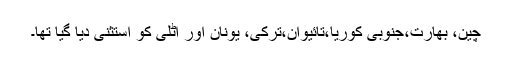
چین، بھارت،جنوبی کوریا،تائیوان،ترکی، یونان اور اٹلی کو استثنیٰ دیا گیا تھا۔